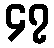
၄၇